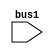
module sub1 (/*AUTOARG*/
   // Inputs
   bus1
   );

   input [0:3] bus1;

endmodule